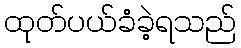
ထုတ်ပယ်ခံခဲ့ရသည်